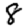
Digit: 8